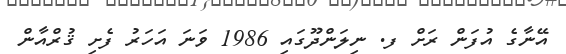
އޭނާގެ އުފަން ރަށް ފ. ނިލަންދޫގައި 1986 ވަނަ އަހަރު ފެށި ޤުރްއާން